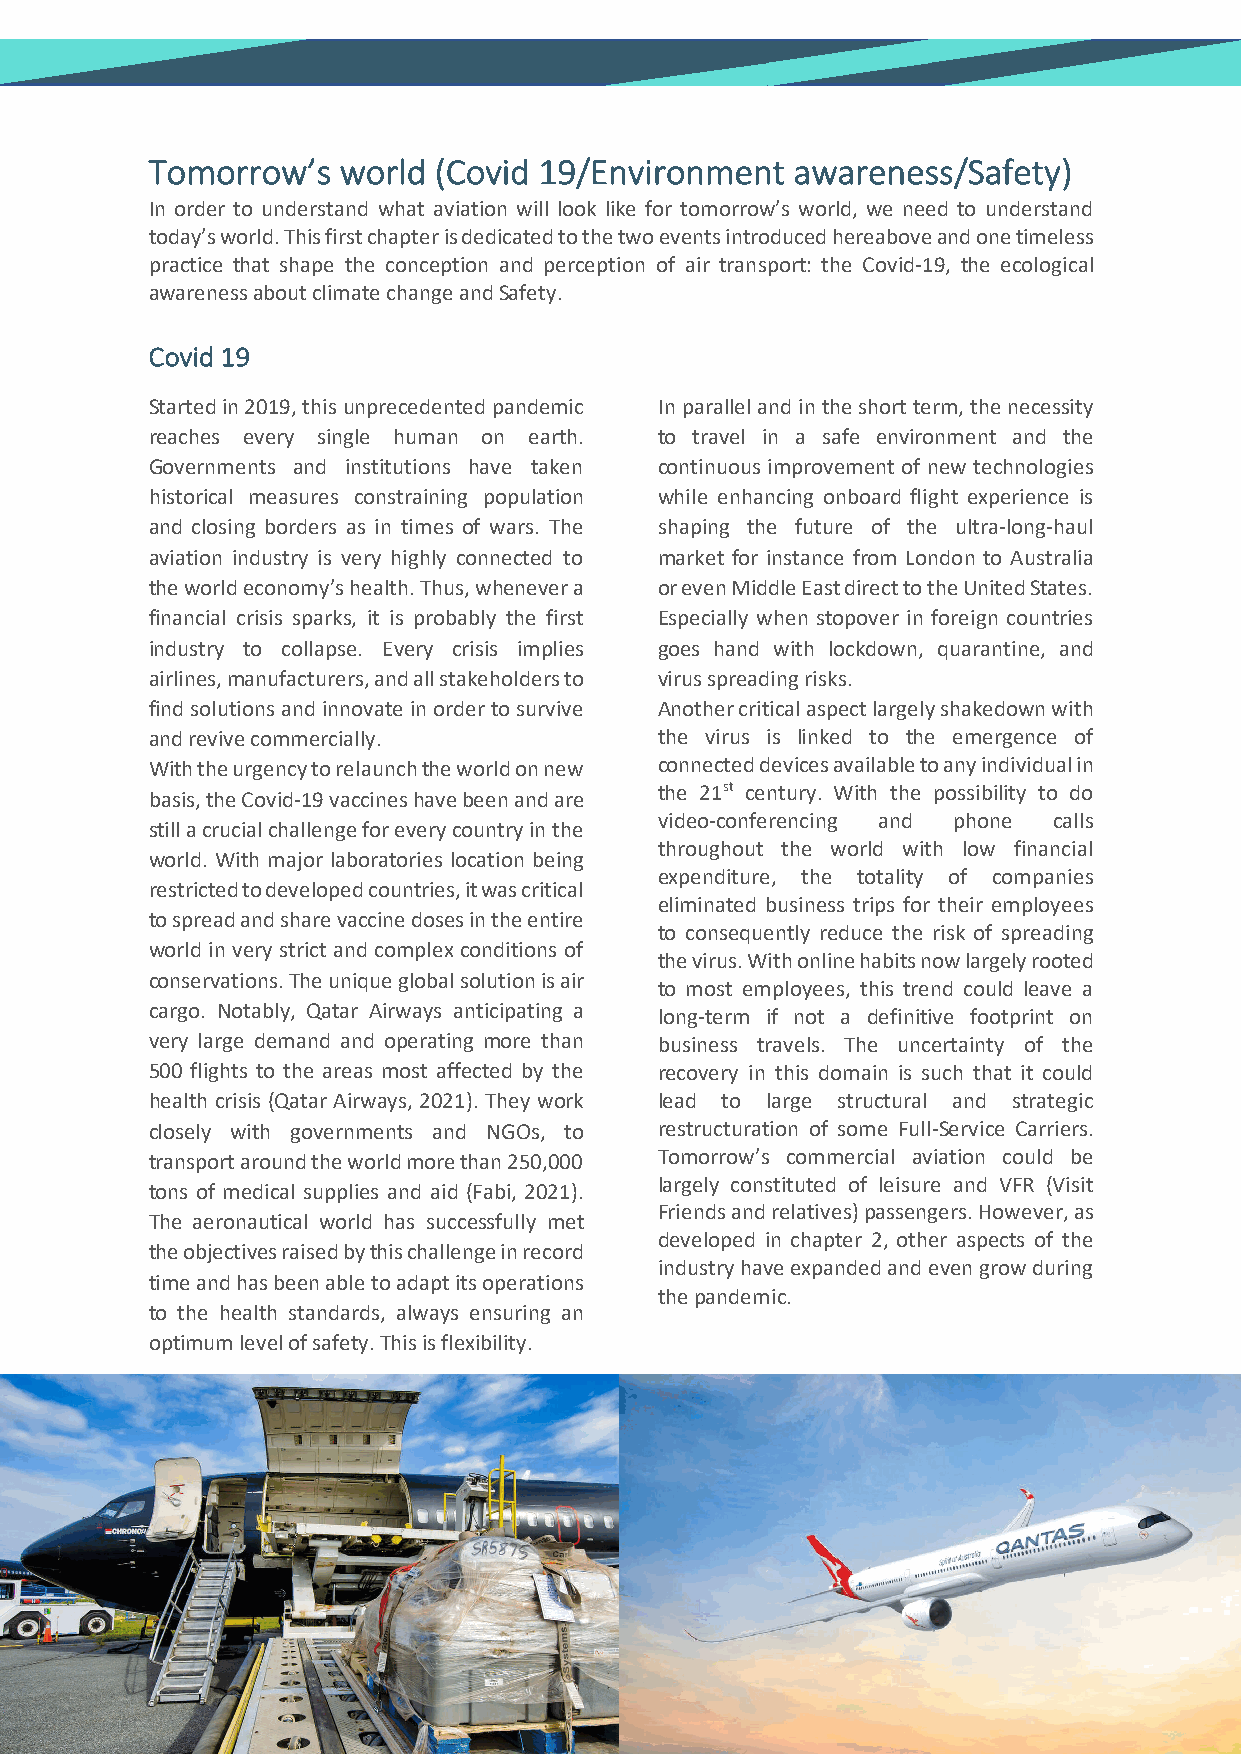
Tomorrow’s  world  (Covid 19/Environment   awareness/Safety)
 In order to understand what aviation will look like for tomorrow’s world, we need to understand
 today’s world. This first chapter is dedicated to the two events introduced hereabove and one timeless
 practice that shape the conception and perception of air transport: the Covid-19, the ecological
 awareness about climate change and Safety.
 Covid 19
 Started in 2019, this unprecedented pandemic In parallel and in the short term, the necessity
 reaches every single human on earth. to travel in a safe environment and the
 Governments and institutions have taken continuous improvement of new technologies
 historical measures constraining population while enhancing onboard flight experience is
 and closing borders as in times of wars. The shaping the future of the ultra-long-haul
 aviation industry is very highly connected to market for instance from London to Australia
 the world economy’s health. Thus, whenever a or even Middle East direct to the United States.
 financial crisis sparks, it is probably the first Especially when stopover in foreign countries
 industry to collapse. Every crisis implies goes hand with lockdown, quarantine, and
 airlines, manufacturers, and all stakeholders to virus spreading risks.
 find solutions and innovate in order to survive Another critical aspect largely shakedown with
 and revive commercially.          the virus is linked to the emergence of
 With the urgency to relaunch the world on new connected devices available to any individual in
 the 21st century. With the possibility to do
 basis, the Covid-19 vaccines have been and are
 video-conferencing and phone calls
 still a crucial challenge for every country in the
 throughout the world with low financial
 world. With major laboratories location being
 expenditure, the totality of companies
 restricted to developed countries, it was critical
 eliminated business trips for their employees
 to spread and share vaccine doses in the entire
 to consequently reduce the risk of spreading
 world in very strict and complex conditions of
 the virus. With online habits now largely rooted
 conservations. The unique global solution is air
 to most employees, this trend could leave a
 cargo. Notably, Qatar Airways anticipating a long-term if not a definitive footprint on
 very large demand and operating more than business travels. The uncertainty of the
 500 flights to the areas most affected by the recovery in this domain is such that it could
 health crisis (Qatar Airways, 2021). They work lead to large structural and strategic
 closely with governments and NGOs, to restructuration of some Full-Service Carriers.
 transport around the world more than 250,000 Tomorrow’s commercial aviation could be
 largely constituted of leisure and VFR (Visit
 tons of medical supplies and aid (Fabi, 2021).
 Friends and relatives) passengers. However, as
 The aeronautical world has successfully met
 developed in chapter 2, other aspects of the
 the objectives raised by this challenge in record
 industry have expanded and even grow during
 time and has been able to adapt its operations
 the pandemic.
 to the health standards, always ensuring an
 optimum level of safety. This is flexibility.
 3